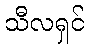
သီလရှင်